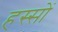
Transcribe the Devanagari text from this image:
हस्सों